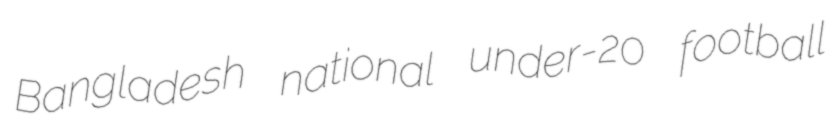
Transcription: Bangladesh national under-20 football